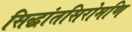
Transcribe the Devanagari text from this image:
सिद्धांतसिरोमणि